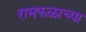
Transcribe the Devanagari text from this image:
रामफळाच्या